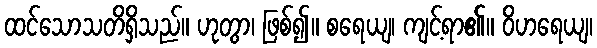
ထင်သောသတိရှိသည်။ ဟုတွာ၊ ဖြစ်၍။ စရေယျ၊ ကျင့်ရာ၏။ ဝိဟရေယျ၊